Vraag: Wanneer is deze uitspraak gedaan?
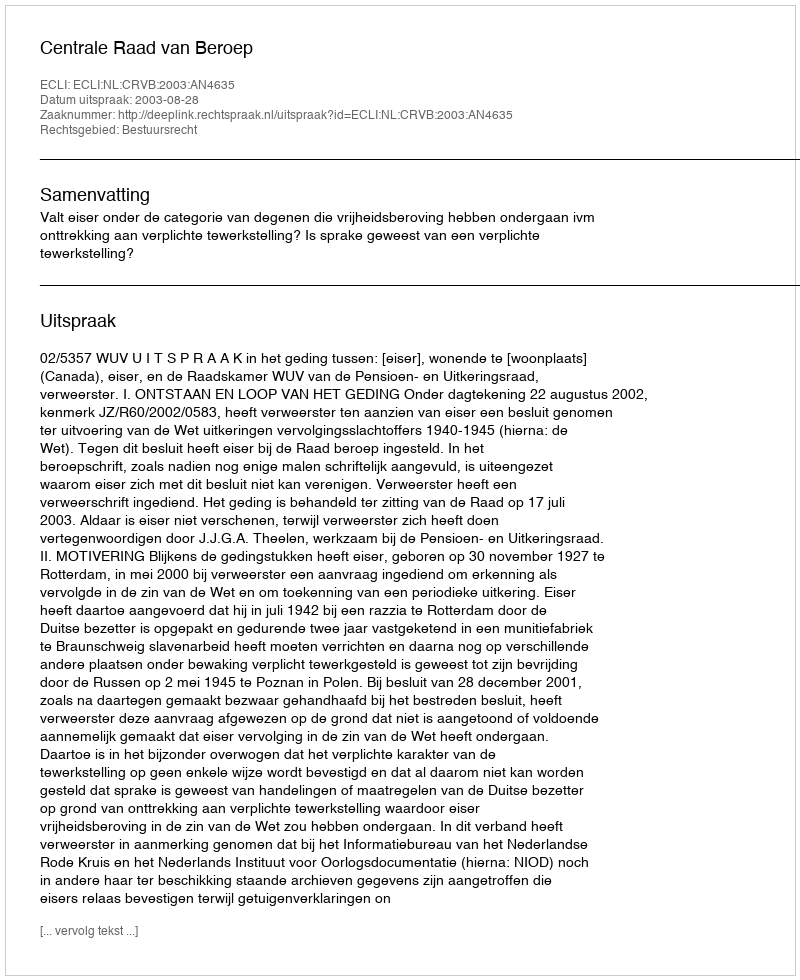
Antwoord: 2003-08-28